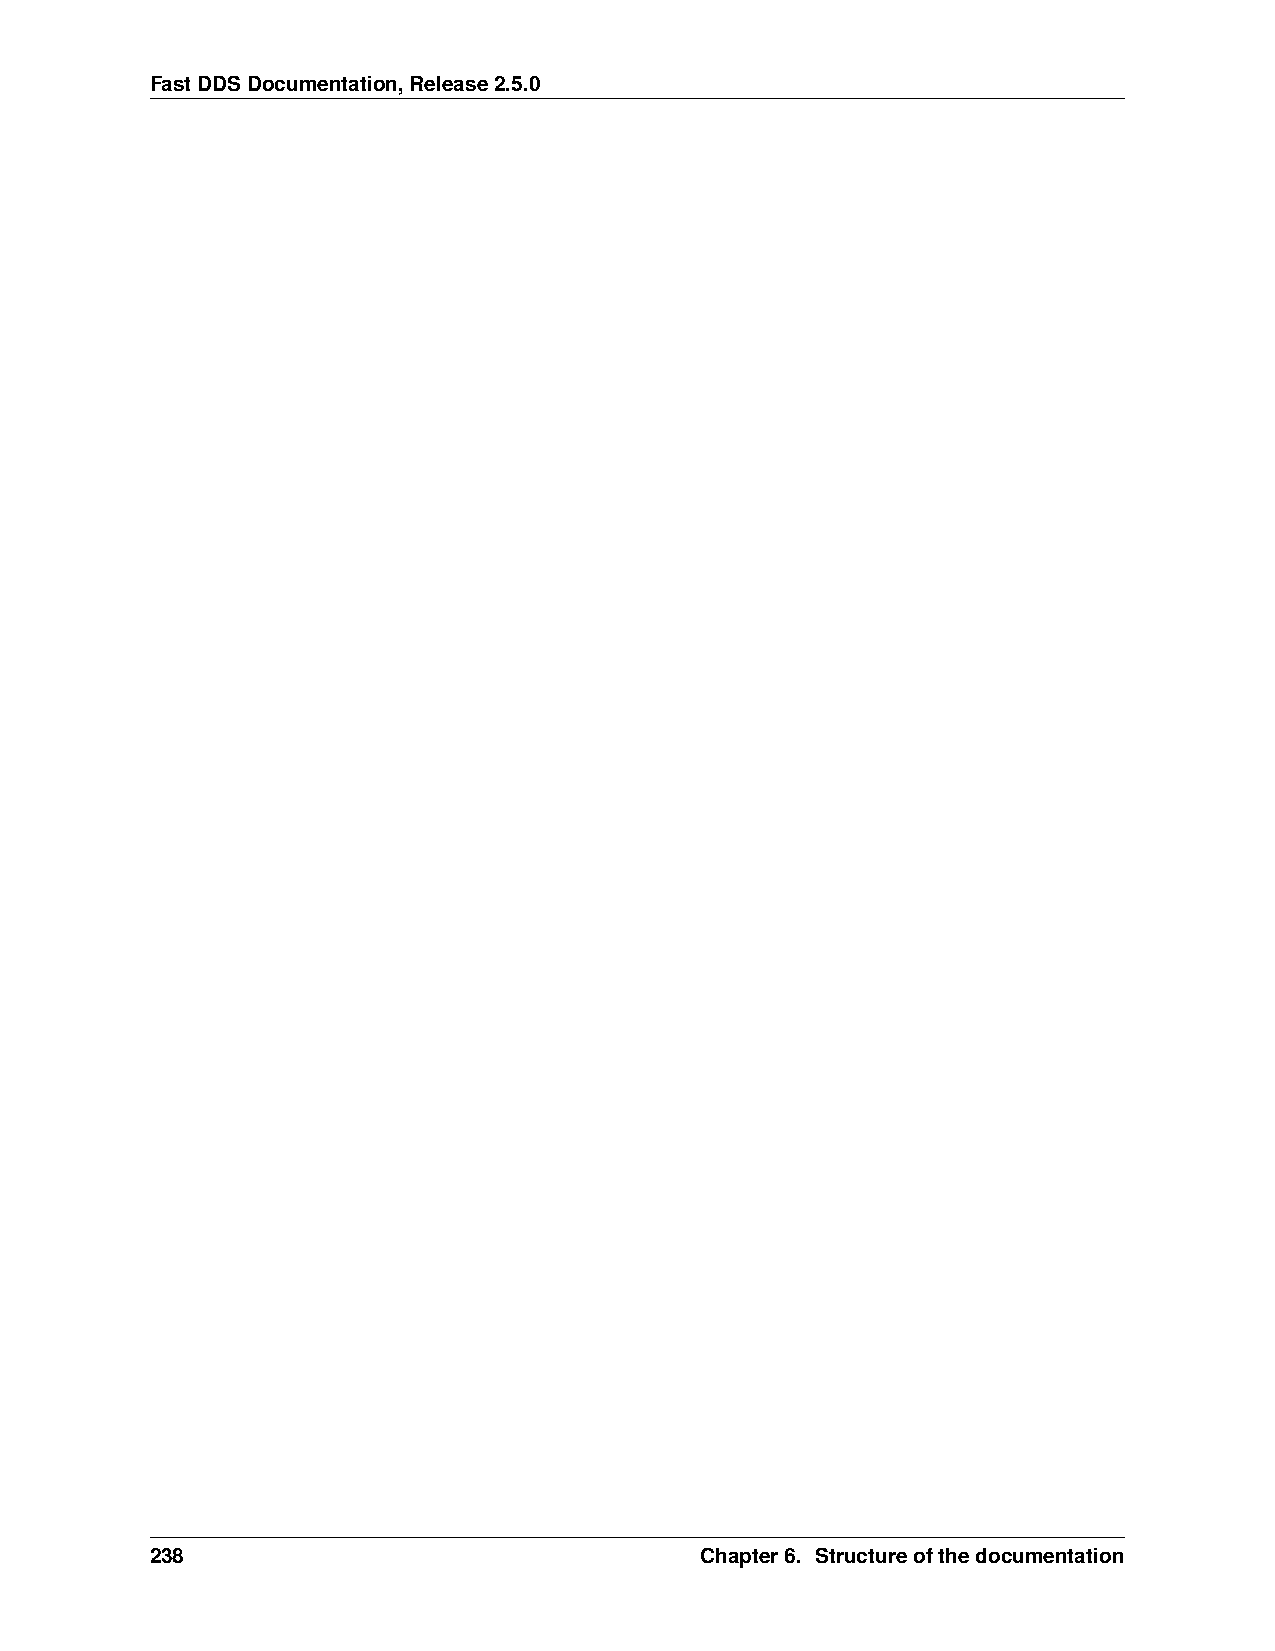
FastDDSDocumentation,Release2.5.0
 238                                 Chapter6. Structureofthedocumentation